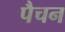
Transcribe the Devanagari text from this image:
पैचन